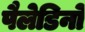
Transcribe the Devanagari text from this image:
पैलेडिनो